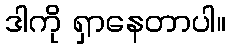
ဒါကို ရှာနေတာပါ။